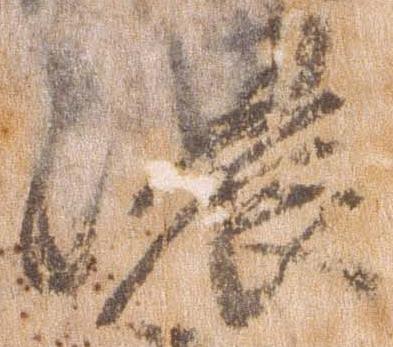
濃